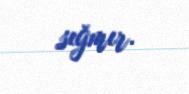
sığmır.